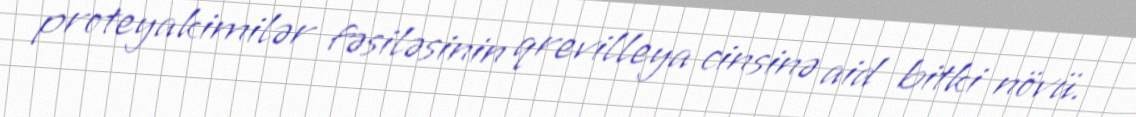
proteyakimilər fəsiləsinin qrevilleya cinsinə aid bitki növü.